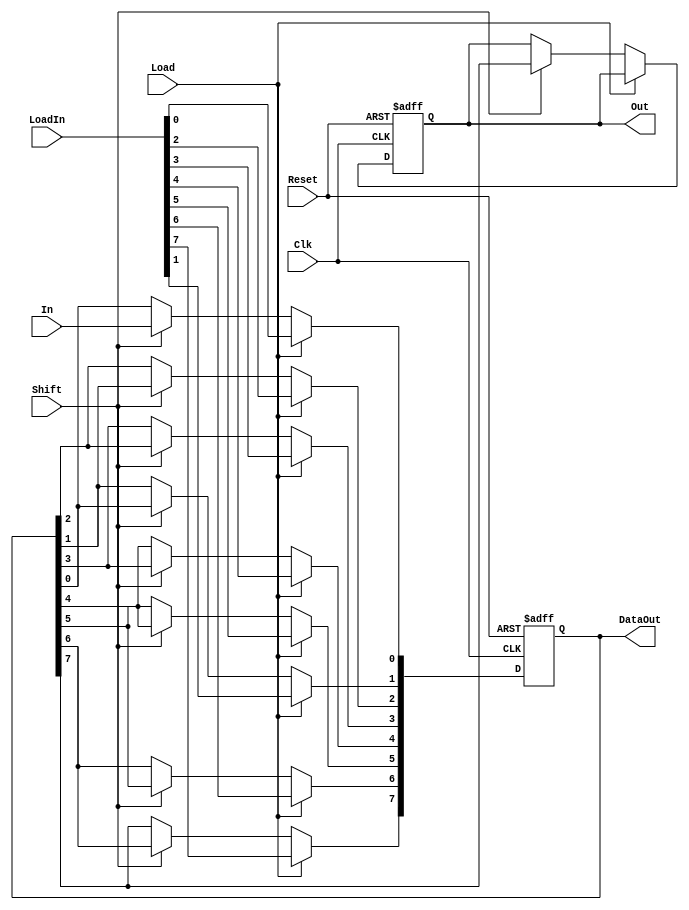
`timescale 1ns / 1ps
//////////////////////////////////////////////////////////////////////////////////
// Company: 
// Engineer: 
// 
// Design Name: 
// Module Name:    ShiftRegisterVerre 
// Project Name: 
// Target Devices: 
// Tool versions: 
// Description: 
//
// Dependencies: 
//
// Revision: 
// Revision 0.01 - File Created
// Additional Comments: 
//
//////////////////////////////////////////////////////////////////////////////////
module ShiftRegisterVerre(
    input In,
    output reg Out,
    input [7:0] LoadIn,
    output [7:0] DataOut,
    input Reset,
    input Clk,
    input Load,
	 input Shift
    );
	 
	 reg [7:0] data;
	 
	 /*always@(Reset)
	 begin
		data <= 0;
		Out <= 1'b0;
	end*/
	always @ (posedge Clk,posedge Reset)
	begin
		if(Reset)
		begin
			data <= 0;
			Out <= 0;
		end
		else if(Load) data <= LoadIn;
		else
		if(Shift)begin
			Out <= data[7];
			data[7] <= data[6];
			data[6] <= data[5];
			data[5] <= data[4];
			data[4] <= data[3];
			data[3] <= data[2];
			data[2] <= data[1];
			data[1] <= data[0];
			data[0] <= In;
		end
		//DataOut <= data;
	end
	assign DataOut = data;

endmodule